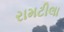
રામટીલા